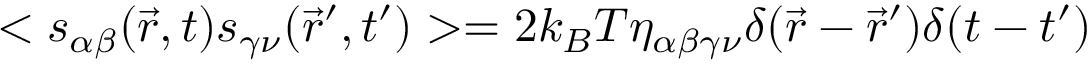
< s _ { \alpha \beta } ( \vec { r } , t ) s _ { \gamma \nu } ( \vec { r } ^ { \prime } , t ^ { \prime } ) > = 2 k _ { B } T \eta _ { \alpha \beta \gamma \nu } \delta ( \vec { r } - \vec { r } ^ { \prime } ) \delta ( t - t ^ { \prime } )